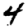
Digit: 4